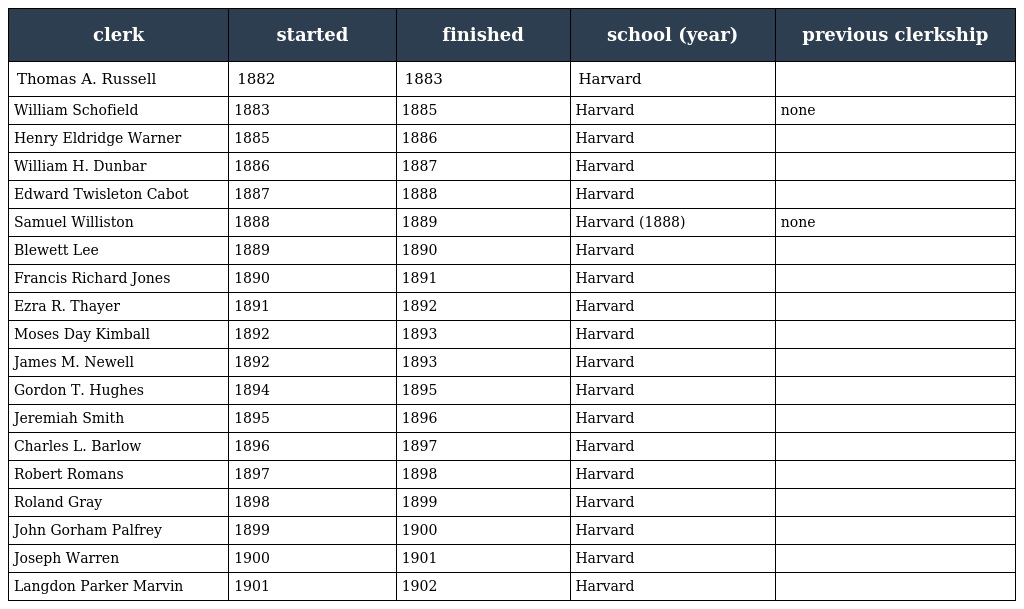
| clerk | started | finished | school (year) | previous clerkship |
 | --- | --- | --- | --- | --- |
 | Thomas A. Russell | 1882 | 1883 | Harvard |  |
 | William Schofield | 1883 | 1885 | Harvard | none |
 | Henry Eldridge Warner | 1885 | 1886 | Harvard |  |
 | William H. Dunbar | 1886 | 1887 | Harvard |  |
 | Edward Twisleton Cabot | 1887 | 1888 | Harvard |  |
 | Samuel Williston | 1888 | 1889 | Harvard (1888) | none |
 | Blewett Lee | 1889 | 1890 | Harvard |  |
 | Francis Richard Jones | 1890 | 1891 | Harvard |  |
 | Ezra R. Thayer | 1891 | 1892 | Harvard |  |
 | Moses Day Kimball | 1892 | 1893 | Harvard |  |
 | James M. Newell | 1892 | 1893 | Harvard |  |
 | Gordon T. Hughes | 1894 | 1895 | Harvard |  |
 | Jeremiah Smith | 1895 | 1896 | Harvard |  |
 | Charles L. Barlow | 1896 | 1897 | Harvard |  |
 | Robert Romans | 1897 | 1898 | Harvard |  |
 | Roland Gray | 1898 | 1899 | Harvard |  |
 | John Gorham Palfrey | 1899 | 1900 | Harvard |  |
 | Joseph Warren | 1900 | 1901 | Harvard |  |
 | Langdon Parker Marvin | 1901 | 1902 | Harvard |  |